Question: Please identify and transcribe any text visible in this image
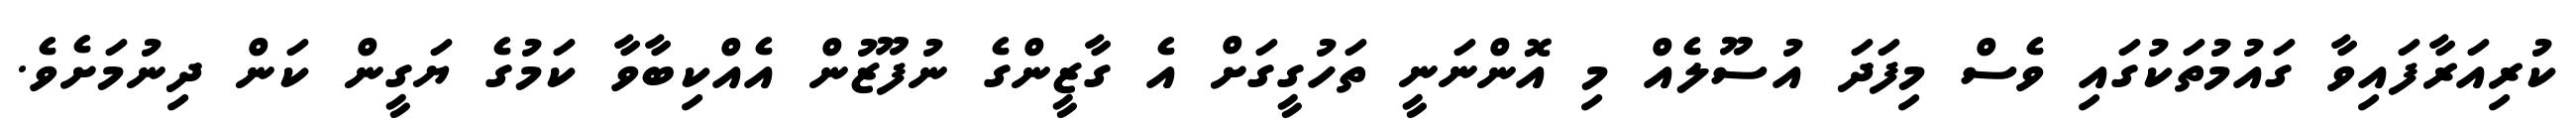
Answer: ކުރިއަރާފައިވާ ގައުމުތަކުގައި ވެސް މިފަދަ އުސޫލެއް މި އޮންނަނީ ތަހުގީގަށް އެ ގާޒީންގެ ނުފޫޒުން އެއްކިބާވާ ކަމުގެ ޔަގީން ކަން ދިނުމަށެވެ.